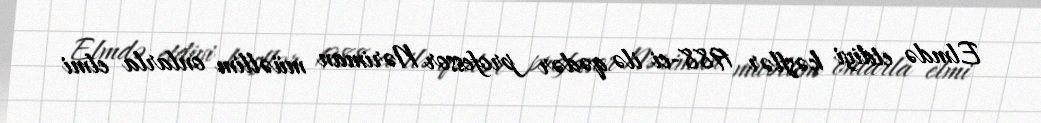
Elmdə etdiyi kəşflər 1988-ci ilə qədər professor Nəriman müəllim onlarla elmi